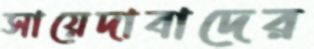
সায়েদাবাদের